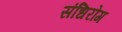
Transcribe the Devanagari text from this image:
संधिरोग